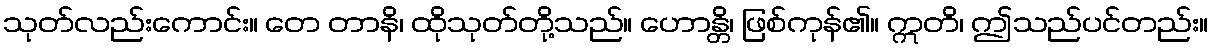
သုတ်လည်းကောင်း။ တေ တာနိ၊ ထိုသုတ်တို့သည်။ ဟောန္တိ၊ ဖြစ်ကုန်၏။ ဣတိ၊ ဤသည်ပင်တည်း။